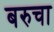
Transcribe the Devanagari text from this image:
बरुचा